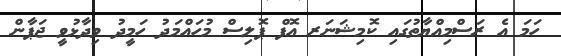
ހަމަ އެ ރަސްމިއްޔާތުގައި ކޮމިޝަނަރ އޮފް ޕޮލިސް މުހައްމަދު ހަމީދު ވިދާޅުވީ ޖަޕާން